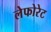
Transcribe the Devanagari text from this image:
लेफोरेट